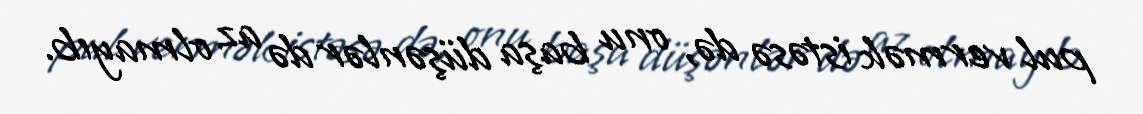
pul vermək istəsə də, onu başa düşənlər də az olmayıb.